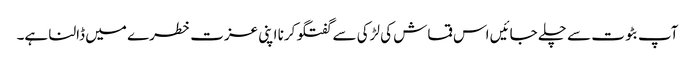
آپ بٹوت سے چلے جائیں اس قماش کی لڑکی سے گفتگو کرنا اپنی عزت خطرے میں ڈالنا ہے۔